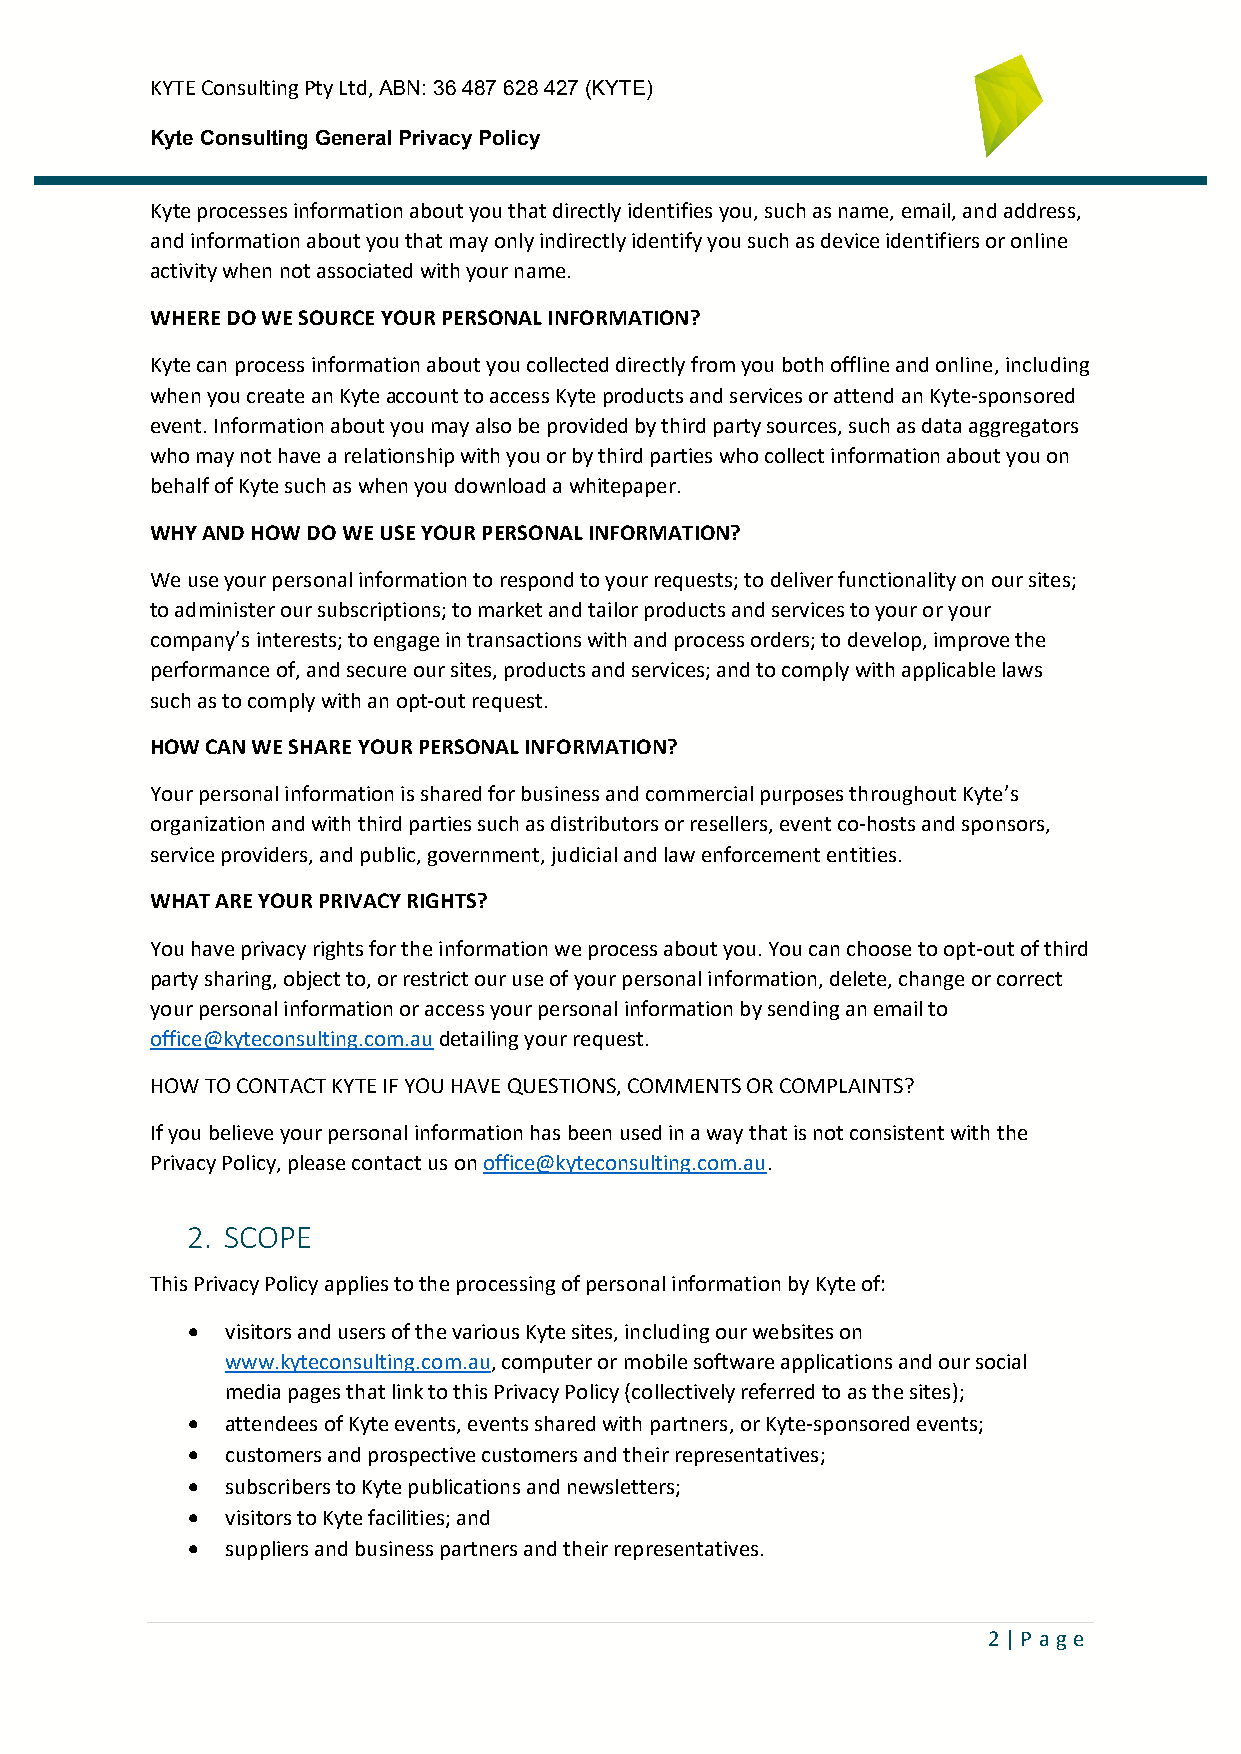
KYTE Consulting Pty Ltd, ABN: 36 487 628 427 (KYTE)
 Kyte Consulting General Privacy Policy
 Kyte processes information about you that directly identifies you, such as name, email, and address,
 and information about you that may only indirectly identify you such as device identifiers or online
 activity when not associated with your name.
 WHERE DO WE SOURCE YOUR PERSONAL INFORMATION?
 Kyte can process information about you collected directly from you both offline and online, including
 when you create an Kyte account to access Kyte products and services or attend an Kyte-sponsored
 event. Information about you may also be provided by third party sources, such as data aggregators
 who may not have a relationship with you or by third parties who collect information about you on
 behalf of Kyte such as when you download a whitepaper.
 WHY AND HOW DO WE USE YOUR PERSONAL INFORMATION?
 We use your personal information to respond to your requests; to deliver functionality on our sites;
 to administer our subscriptions; to market and tailor products and services to your or your
 company’s interests; to engage in transactions with and process orders; to develop, improve the
 performance of, and secure our sites, products and services; and to comply with applicable laws
 such as to comply with an opt-out request.
 HOW CAN WE SHARE YOUR PERSONAL INFORMATION?
 Your personal information is shared for business and commercial purposes throughout Kyte’s
 organization and with third parties such as distributors or resellers, event co-hosts and sponsors,
 service providers, and public, government, judicial and law enforcement entities.
 WHAT ARE YOUR PRIVACY RIGHTS?
 You have privacy rights for the information we process about you. You can choose to opt-out of third
 party sharing, object to, or restrict our use of your personal information, delete, change or correct
 your personal information or access your personal information by sending an email to
 office@kyteconsulting.com.au detailing your request.
 HOW TO CONTACT KYTE IF YOU HAVE QUESTIONS, COMMENTS OR COMPLAINTS?
 If you believe your personal information has been used in a way that is not consistent with the
 Privacy Policy, please contact us on office@kyteconsulting.com.au.
 2. SCOPE
 This Privacy Policy applies to the processing of personal information by Kyte of:
 •  visitors and users of the various Kyte sites, including our websites on
 www.kyteconsulting.com.au, computer or mobile software applications and our social
 media pages that link to this Privacy Policy (collectively referred to as the sites);
 •  attendees of Kyte events, events shared with partners, or Kyte-sponsored events;
 •  customers and prospective customers and their representatives;
 •  subscribers to Kyte publications and newsletters;
 •  visitors to Kyte facilities; and
 •  suppliers and business partners and their representatives.
 2 | P ag e